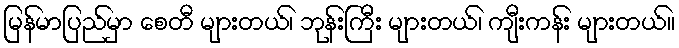
မြန်မာပြည်မှာ စေတီ များတယ်၊ ဘုန်းကြီး များတယ်၊ ကျီးကန်း များတယ်။